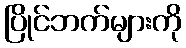
ပြိုင်ဘက်များကို